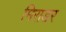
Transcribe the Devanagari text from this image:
मिराडर